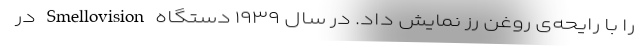
را با رایحه‌ی روغن رز نمایش داد. در سال ۱۹۳۹ دستگاه Smellovision در